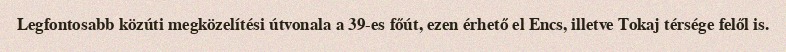
Legfontosabb közúti megközelítési útvonala a 39-es főút, ezen érhető el Encs, illetve Tokaj térsége felől is.